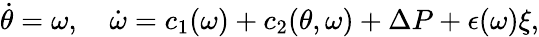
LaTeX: \dot{\theta}=\omega,\quad\dot{\omega}=c_{1}(\omega)+c_{2}(\theta,\omega)+\Delta P+\epsilon(\omega)\xi,